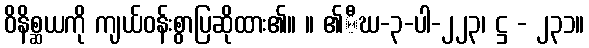
ဝိနိစ္ဆယကို ကျယ်ဝန်းစွာပြဆိုထား၏။ ။ ၏ီဃ-၃-ပါ-၂၂၃၊ ဋ္ဌ - ၂၃၁။